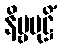
နိမ္ဗမုဋ္ဌိံ